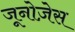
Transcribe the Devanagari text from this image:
जूनोज़ेस